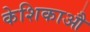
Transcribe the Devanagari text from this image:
केशिकाऔ